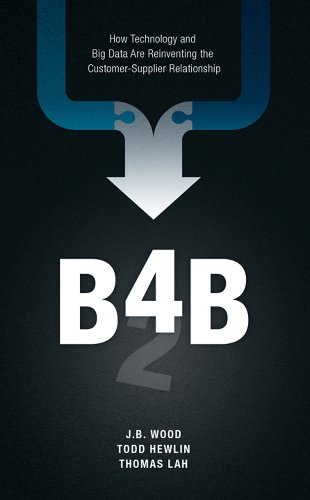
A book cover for B4B: How Technology and Big Data Are Reinventing the Customer-Supplier Relationship; Todd Hewlin; Computers & Technology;